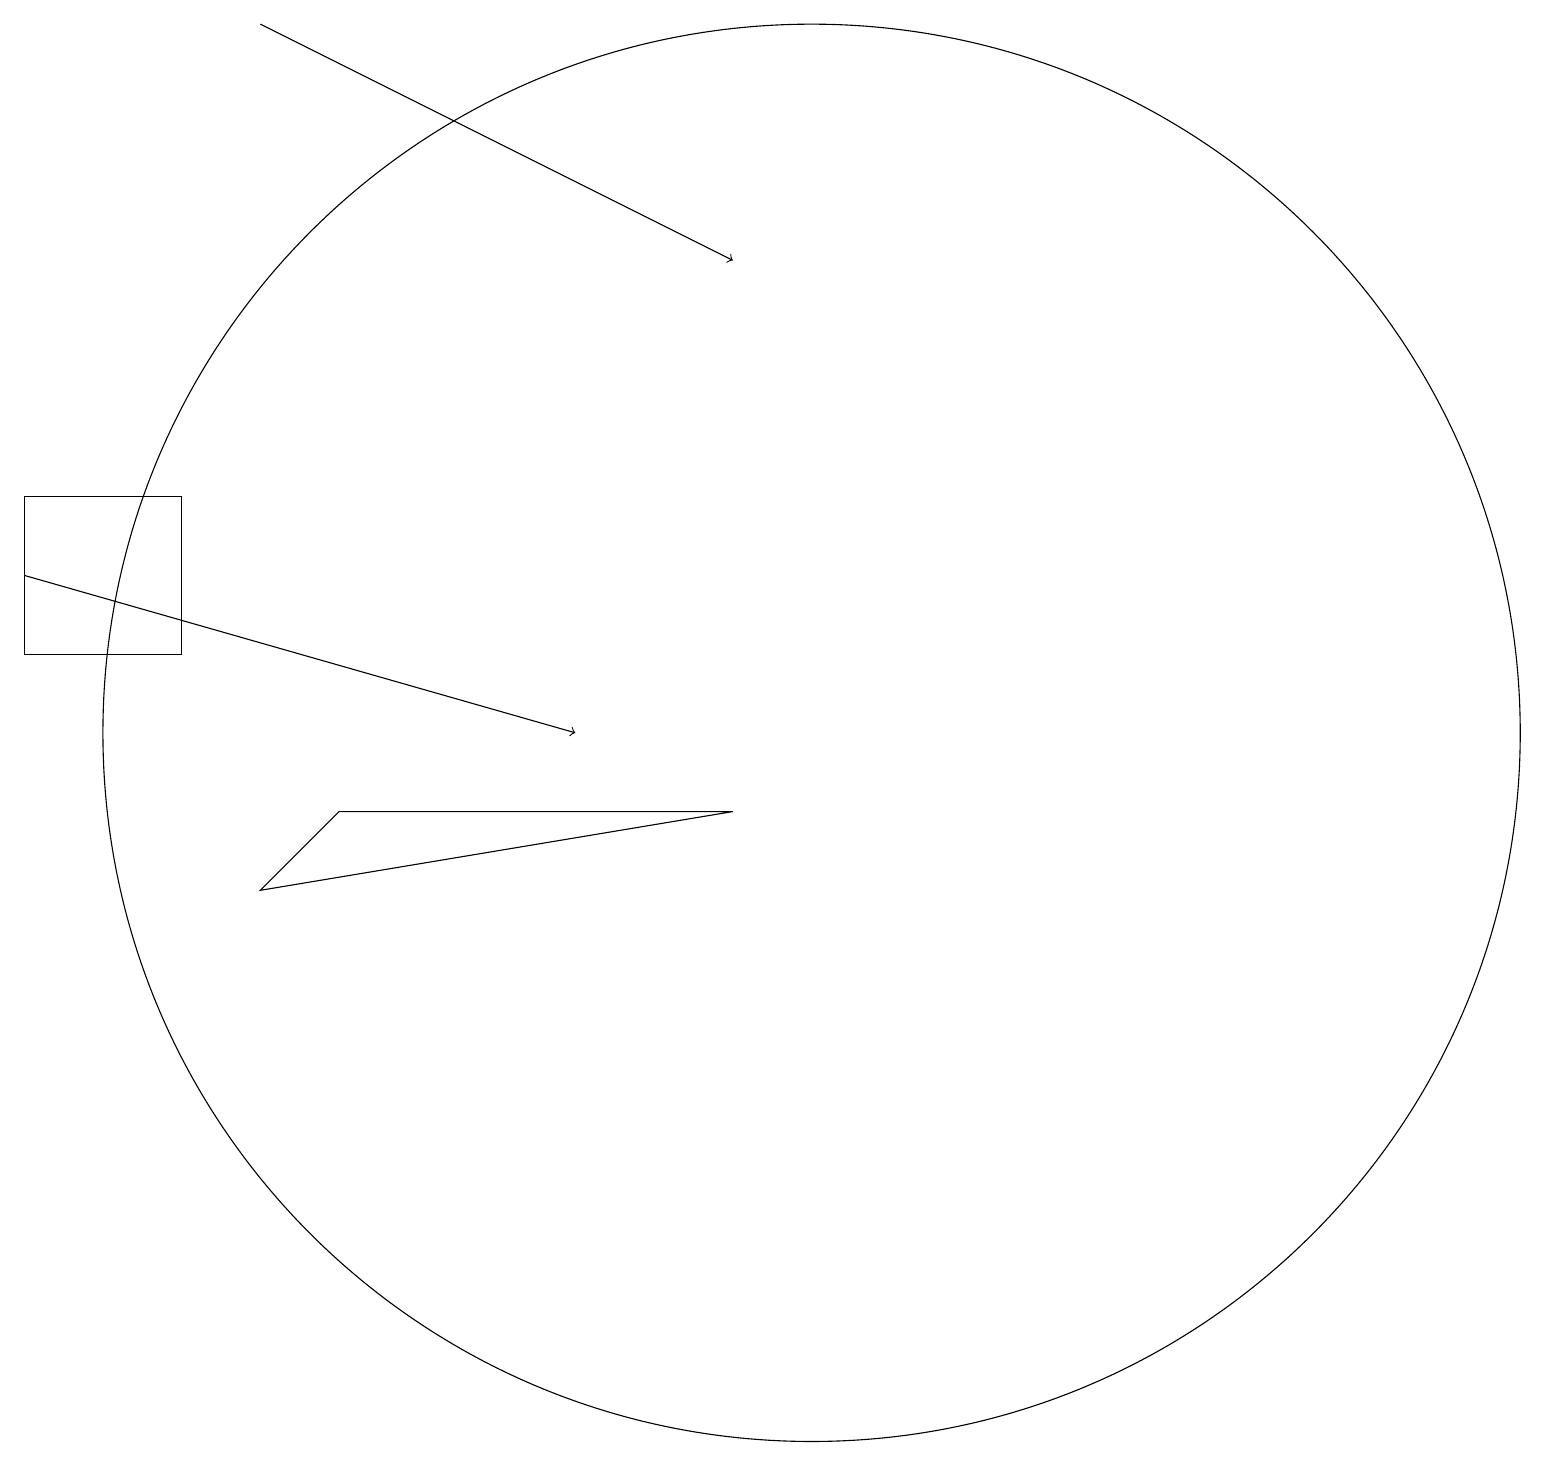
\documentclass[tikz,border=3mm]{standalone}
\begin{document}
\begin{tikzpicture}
\draw (4,9) -- (3,8) -- (9,9) -- cycle;
\draw[->] (0,12) -- (7,10);
\draw (2,11) rectangle (0,13);
\draw[->] (3,19) -- (9,16);
\draw (10,10) circle (9);
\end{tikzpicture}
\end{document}